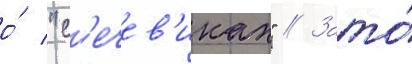
о́ "с'ечев'иках" // Зато́